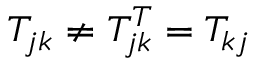
T _ { j k } \neq T _ { j k } ^ { T } = T _ { k j }